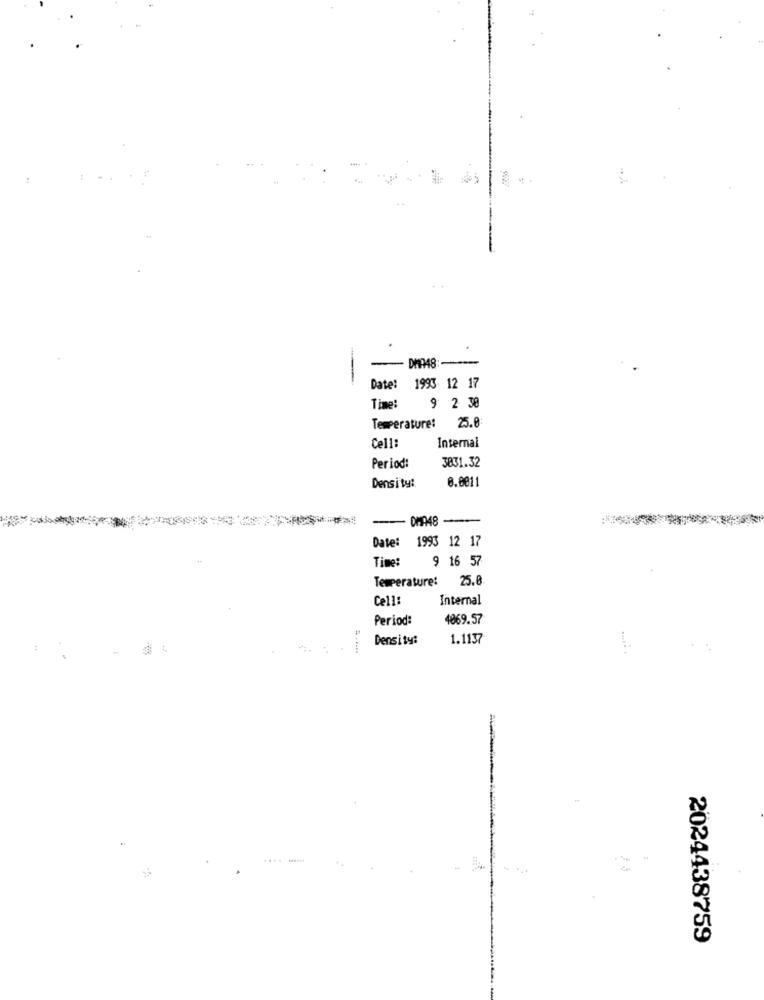
Date: 1993 12 17
Time:
9 2 30
25.0
Temperature:
Cell:
Internal
3831.32
Period
0.0011
Density:
DHA48
-
Date:
1993 12 17
Time:
9 16 57
Temperature:
25.8
Cell:
Internal
Period:
4869.57
Density:
1.1137
2024438759